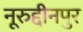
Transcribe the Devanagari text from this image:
नूरुद्दीनपुर